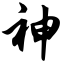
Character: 神